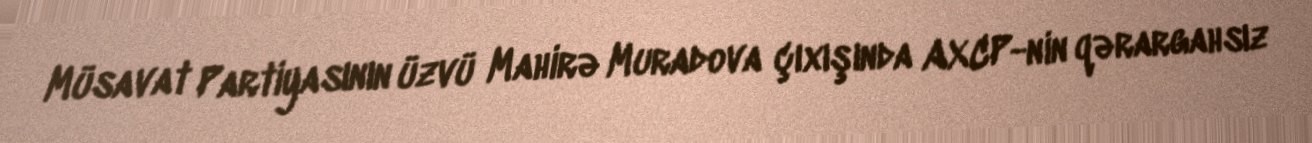
Müsavat Partiyasının üzvü Mahirə Muradova çıxışında AXCP-nin qərargahsız